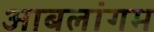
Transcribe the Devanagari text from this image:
आबलांगम